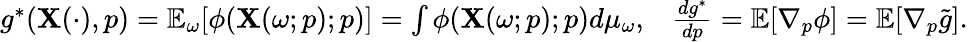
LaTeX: \begin{array}{r}{g^{*}(\mathbf{X}(\cdot),p)=\mathbb{E}_{\omega}[\phi(\mathbf{X}(\omega;p);p)]=\int\phi(\mathbf{X}(\omega;p);p)d\mu_{\omega},\; \; \; \frac{dg^{*}}{dp}=\mathbb{E}[\nabla_{p}\phi]=\mathbb{E}[\nabla_{p}\tilde{g}].}\end{array}